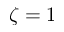
\zeta = 1